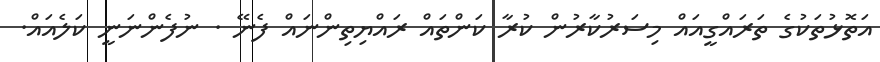
އަތޮޅުތަކުގެ ތަރައްގީއައް މިސަރުކާރުން ކުރާ ކަންތައް ރައްޔިތިންނައް ފެނޭ . ނުފެންނަނީ ކަލެއައް.